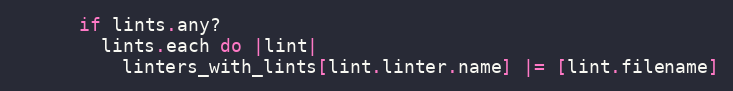
Language: Ruby
      if lints.any?
        lints.each do |lint|
          linters_with_lints[lint.linter.name] |= [lint.filename]